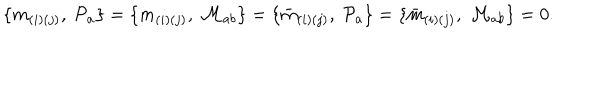
\{ m _ { ( i ) ( j ) } , \ { \cal P } _ { a } \} = \{ m _ { ( i ) ( j ) } , \ { \cal M } _ { a b } \} = \{ { \bar { m } } _ { ( i ) ( j ) } , \ { \cal P } _ { a } \} = \{ { \bar { m } } _ { ( i ) ( j ) } , \ { \cal M } _ { a b } \} = 0 .